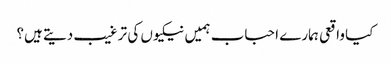
کیا واقعی ہمارے احباب ہمیں نیکیوں کی ترغیب دیتے ہیں؟